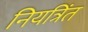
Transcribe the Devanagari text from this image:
नियत्रिंत